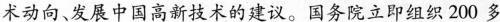
术动向、发展中国高新技术的建议。国务院立即组织200多